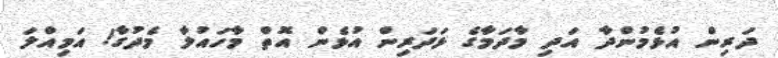
ދަރިން އުޅެމުންދާ އަދި މާދަމާގެ ޅަދަރިން އުޅެން އޮތް މާހައުލާ މެދުގާ! އަމިއްލަ